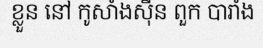
ខ្លួន នៅ កូសាំងស៊ីន ពួក បារាំង